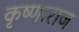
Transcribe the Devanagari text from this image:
कृष्णाराज